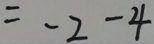
= - 2 - 4